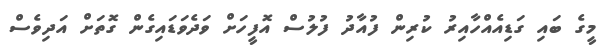
މީގެ ބައި ގަޑިއެއްހާއިރު ކުރިން ފުއާދު ފުލުސް އޮފީހަށް ވަދެވަޑައިގެން ގޮތަށް އަދިވެސް